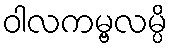
ဝါလကမ္ဗလမ္ပိ